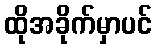
ထိုအခိုက်မှာပင်